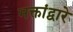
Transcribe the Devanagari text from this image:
भक्तांद्वारे